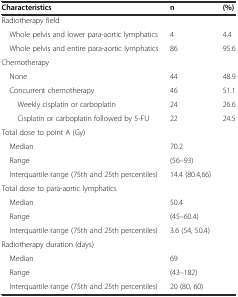
<table><thead><tr><td><b>Characteristics</b></td><td><b>n</b></td><td><b>(%)</b></td></tr></thead><tbody><tr><td>Radiotherapy field</td><td></td><td></td></tr><tr><td> Whole pelvis and lower para-aortic lymphatics</td><td>4</td><td>4.4</td></tr><tr><td> Whole pelvis and entire para-aortic lymphatics</td><td>86</td><td>95.6</td></tr><tr><td>Chemotherapy</td><td></td><td></td></tr><tr><td> None</td><td>44</td><td>48.9</td></tr><tr><td> Concurrent chemotherapy</td><td>46</td><td>51.1</td></tr><tr><td>Weekly cisplatin or carboplatin</td><td>24</td><td>26.6</td></tr><tr><td>Cisplatin or carboplatin followed by 5-FU</td><td>22</td><td>24.5</td></tr><tr><td>Total dose to point A (Gy)</td><td></td><td></td></tr><tr><td> Median</td><td>70.2</td><td></td></tr><tr><td> Range</td><td>(56–93)</td><td></td></tr><tr><td> Interquartile range (75th and 25th percentiles)</td><td>14.4 (80.4,66)</td><td></td></tr><tr><td>Total dose to para-aortic lymphatics</td><td></td><td></td></tr><tr><td> Median</td><td>50.4</td><td></td></tr><tr><td> Range</td><td>(45–60.4)</td><td></td></tr><tr><td> Interquartile range (75th and 25th percentiles)</td><td>3.6 (54, 50.4)</td><td></td></tr><tr><td>Radiotherapy duration (days)</td><td></td><td></td></tr><tr><td> Median</td><td>69</td><td></td></tr><tr><td> Range</td><td>(43–182)</td><td></td></tr><tr><td> Interquartile range (75th and 25th percentiles)</td><td>20 (80, 60)</td><td></td></tr></tbody></table>